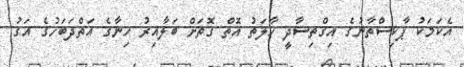
އެކަމަކު ޕާކިސްތާނުގެ އިގްތިސާދީ ހާލަތު އޮތް ގޮތަށް ބަލާއިރު ހިނާގެ އަތްދަބަހުގެ އަގު